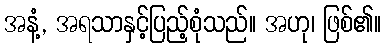
အနံ့, အရသာနှင့်ပြည့်စုံသည်။ အဟု၊ ဖြစ်၏။